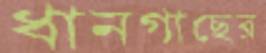
ধানগাছের